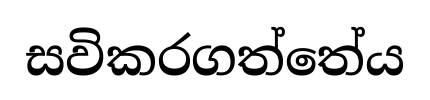
සවිකරගත්තේය